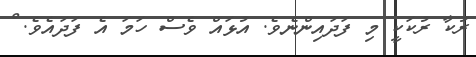
ރުކާ ރުކަކީ މި ފަދައިންނެވެ. އުޅައް ވެސް ހަމަ އެ ފަދައެވެ. ް